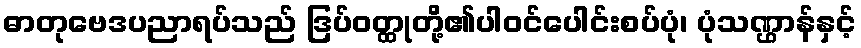
ဓာတုဗေဒပညာရပ်သည် ဒြပ်ဝတ္ထုတို့၏ပါဝင်ပေါင်းစပ်ပုံ၊ ပုံသဏ္ဌာန်နှင့်